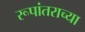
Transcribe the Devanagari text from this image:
रूपांतराच्या